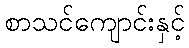
စာသင်ကျောင်းနှင့်